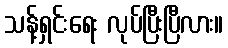
သန့်ရှင်းရေး လုပ်ပြီးပြီလား။